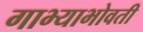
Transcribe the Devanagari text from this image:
गाभ्याभोवती